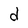
Character: d